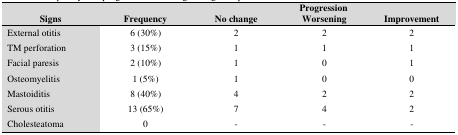
<table><thead><tr><td></td><td></td><td colspan="3"><b>Progression</b></td></tr><tr><td><b>Signs</b></td><td><b>Frequency</b></td><td><b>No change</b></td><td><b>Worsening</b></td><td><b>Improvement</b></td></tr></thead><tbody><tr><td>External otitis</td><td>6 (30%)</td><td>2</td><td>2</td><td>2</td></tr><tr><td>TM perforation</td><td>3 (15%)</td><td>1</td><td>1</td><td>1</td></tr><tr><td>Facial paresis</td><td>2 (10%)</td><td>1</td><td>0</td><td>1</td></tr><tr><td>Osteomyelitis</td><td>1 (5%)</td><td>1</td><td>0</td><td>0</td></tr><tr><td>Mastoiditis</td><td>8 (40%)</td><td>4</td><td>2</td><td>2</td></tr><tr><td>Serous otitis</td><td>13 (65%)</td><td>7</td><td>4</td><td>2</td></tr><tr><td>Cholesteatoma</td><td>0</td><td>-</td><td>-</td><td>-</td></tr></tbody></table>